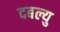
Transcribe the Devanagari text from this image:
दबल्यु